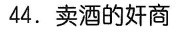
44.卖酒的奸商